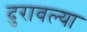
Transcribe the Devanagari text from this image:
दुरावल्या